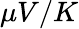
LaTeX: \mu V/K